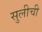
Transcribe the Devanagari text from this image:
सुलीची